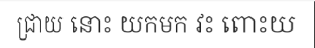
ជ្រាយ នោះ យកមក វះ ពោះយ